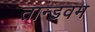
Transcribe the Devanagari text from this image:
तान्डवम